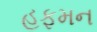
હફમન